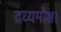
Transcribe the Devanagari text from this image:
द्रव्यमोक्ष।